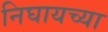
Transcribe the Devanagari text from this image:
निघायच्या